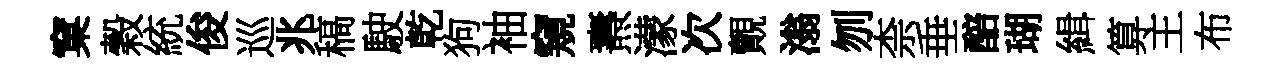
窠穀統俊巡兆稿駛乾狗袖窺燾濛次覿滃刎柰垂醅瑚緝算主布